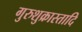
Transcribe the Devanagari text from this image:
गुरुशुक्रास्तादि